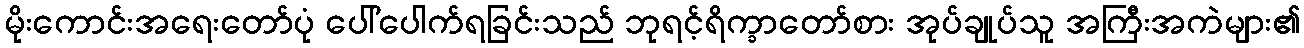
မိုးကောင်းအရေးတော်ပုံ ပေါ်ပေါက်ရခြင်းသည် ဘုရင့်ရိက္ခာတော်စား အုပ်ချုပ်သူ အကြီးအကဲများ၏